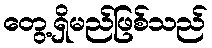
တွေ့ရှိမည်ဖြစ်သည်